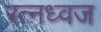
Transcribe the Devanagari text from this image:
रत्नध्वज